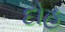
દોહ